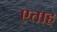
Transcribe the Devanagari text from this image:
एताह